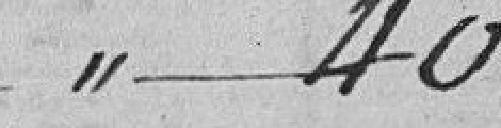
40.00